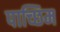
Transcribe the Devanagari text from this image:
पाच्छिम